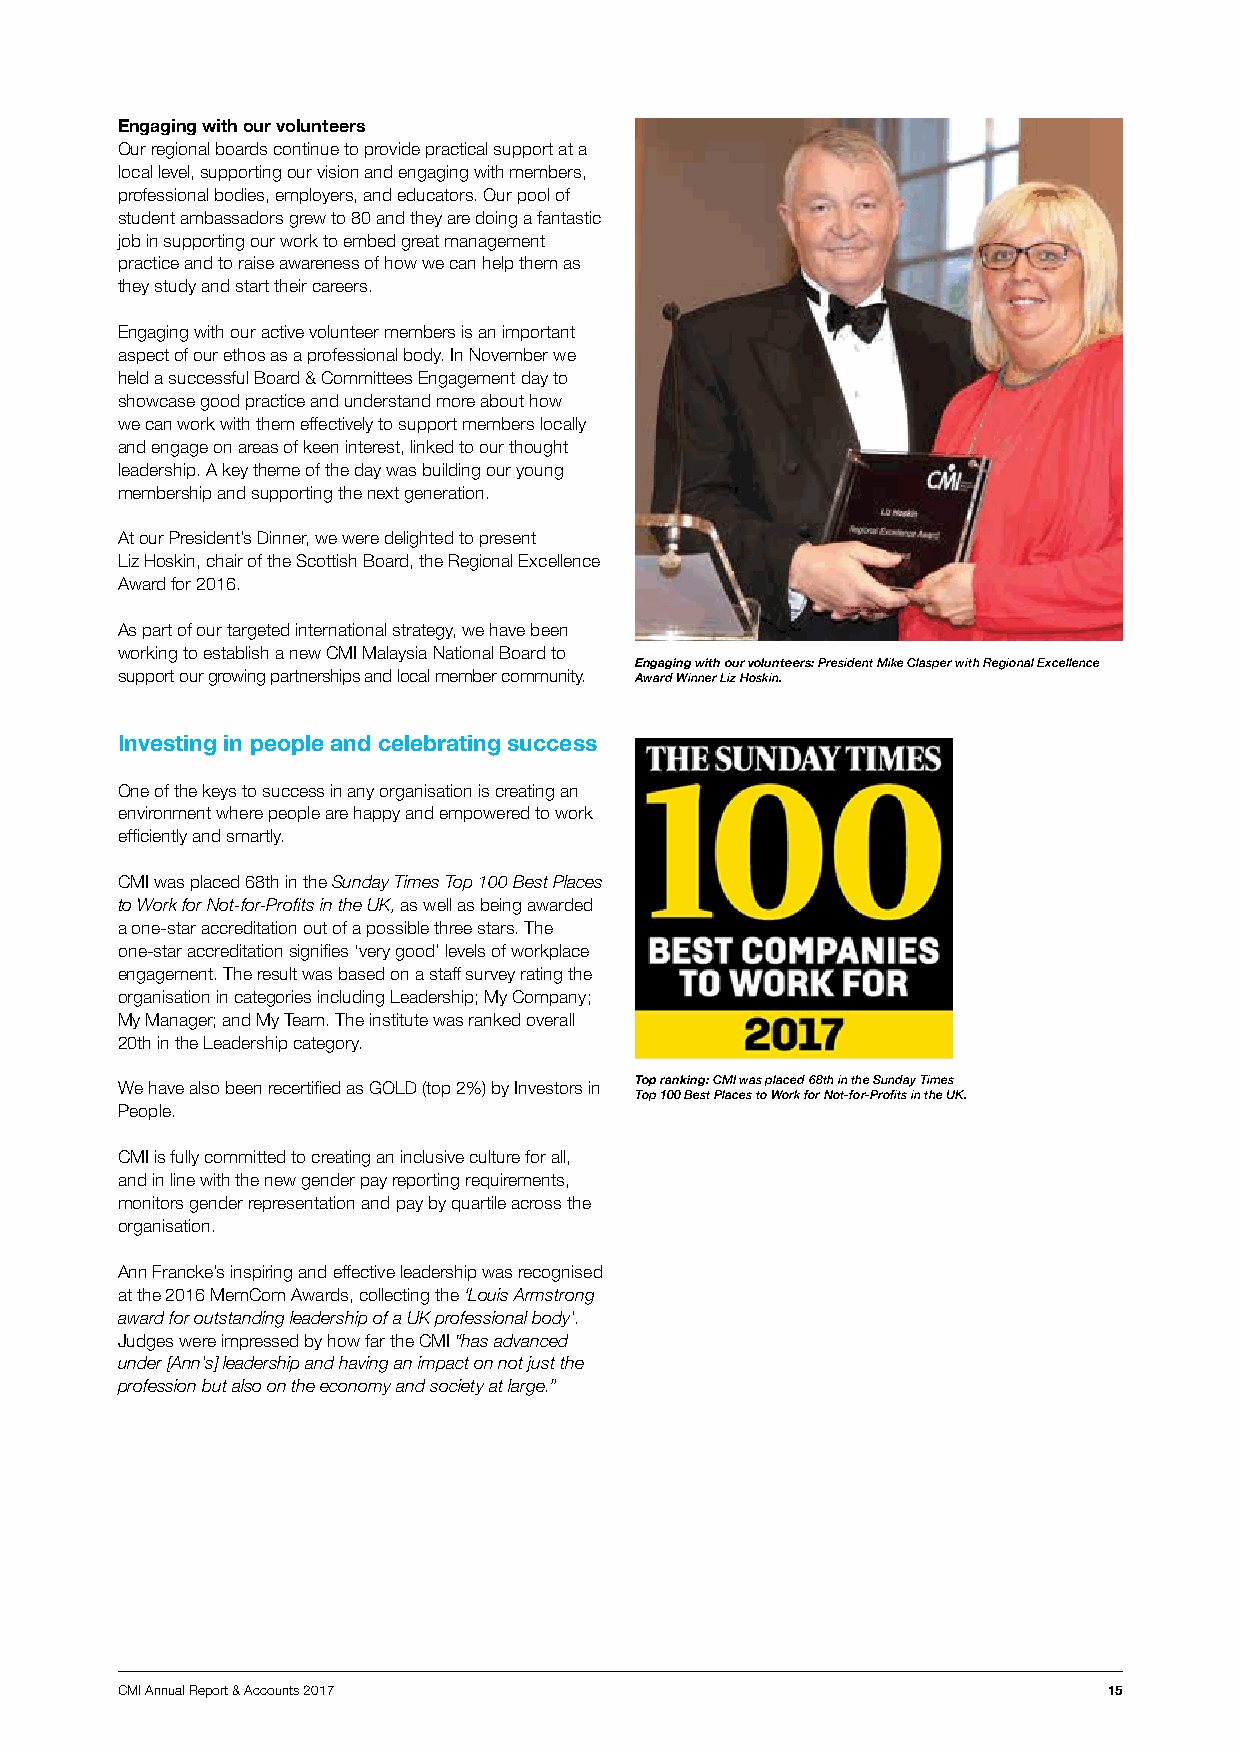
Engaging with our volunteers
 Our regional boards continue to provide practical support at a
 local level, supporting our vision and engaging with members,
 professional bodies, employers, and educators. Our pool of
 student ambassadors grew to 80 and they are doing a fantastic
 job in supporting our work to embed great management
 practice and to raise awareness of how we can help them as
 they study and start their careers.
 Engaging with our active volunteer members is an important
 aspect of our ethos as a professional body. In November we
 held a successful Board & Committees Engagement day to
 showcase good practice and understand more about how
 we can work with them effectively to support members locally
 and engage on areas of keen interest, linked to our thought
 leadership. A key theme of the day was building our young
 membership and supporting the next generation.
 At our President’s Dinner, we were delighted to present
 Liz Hoskin, chair of the Scottish Board, the Regional Excellence
 Award for 2016.
 As part of our targeted international strategy, we have been
 working to establish a new CMI Malaysia National Board to
 Engaging with our volunteers: President Mike Clasper with Regional Excellence
 support our growing partnerships and local member community. Award Winner Liz Hoskin.
 Investing in people and celebrating success
 One of the keys to success in any organisation is creating an
 environment where people are happy and empowered to work
 efficiently and smartly.
 CMI was placed 68th in the Sunday Times Top 100 Best Places
 to Work for Not-for-Profits in the UK, as well as being awarded
 a one-star accreditation out of a possible three stars. The
 one-star accreditation signifies ‘very good’ levels of workplace
 engagement. The result was based on a staff survey rating the
 organisation in categories including Leadership; My Company;
 My Manager; and My Team. The institute was ranked overall
 20th in the Leadership category.
 Top ranking: CMI was placed 68th in the Sunday Times
 We have also been recertified as GOLD (top 2%) by Investors in
 Top 100 Best Places to Work for Not-for-Profits in the UK.
 People.
 CMI is fully committed to creating an inclusive culture for all,
 and in line with the new gender pay reporting requirements,
 monitors gender representation and pay by quartile across the
 organisation.
 Ann Francke’s inspiring and effective leadership was recognised
 at the 2016 MemCom Awards, collecting the ‘Louis Armstrong
 award for outstanding leadership of a UK professional body’.
 Judges were impressed by how far the CMI “has advanced
 under [Ann’s] leadership and having an impact on not just the
 profession but also on the economy and society at large.”
 CMI Annual Report & Accounts 2017                                15